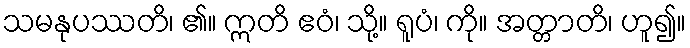
သမနုပဿတိ၊ ၏။ ဣတိ ဧဝံ၊ သို့။ ရူပံ၊ ကို။ အတ္တာတိ၊ ဟူ၍။